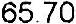
65.70